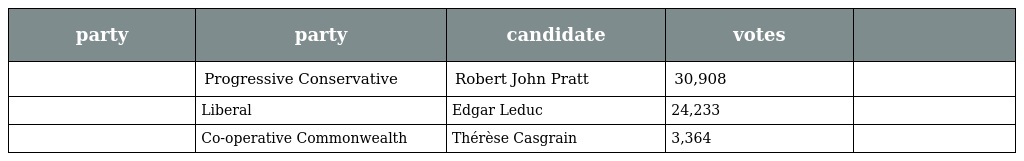
| party | party | candidate | votes |  |
 | --- | --- | --- | --- | --- |
 |  | Progressive Conservative | Robert John Pratt | 30,908 |  |
 |  | Liberal | Edgar Leduc | 24,233 |  |
 |  | Co-operative Commonwealth | Thérèse Casgrain | 3,364 |  |